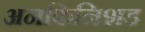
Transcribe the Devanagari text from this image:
अनफिनिशड